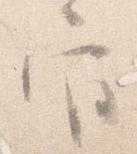
官